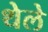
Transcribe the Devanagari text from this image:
थेले